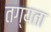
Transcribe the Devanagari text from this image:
तग्यता